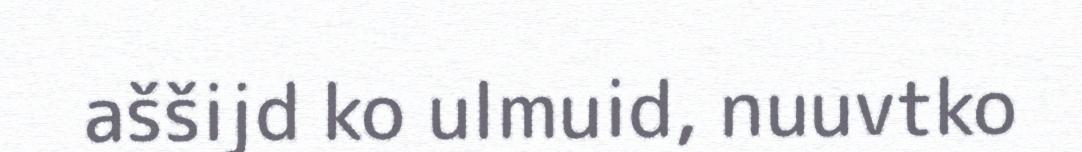
aššijd ko ulmuid, nuuvtko